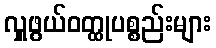
လှူဖွယ်ဝတ္ထုပစ္စည်းများ